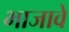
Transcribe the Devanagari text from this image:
भाजावे